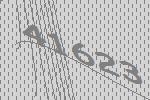
41623